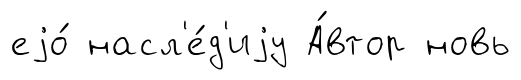
еjо́ насл'е́д'иjу А́втор новь